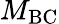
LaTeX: M_{\mathrm{BC}}